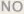
NO